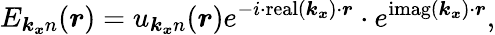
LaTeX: E_{\boldsymbol{k_{x}}n}(\boldsymbol{r})=u_{\boldsymbol{k_{x}}n}(\boldsymbol{r})e^{-i\cdot\operatorname{real}\left(\boldsymbol{k_{x}}\right)\cdot\boldsymbol{r}}\cdot e^{\operatorname{imag}\left(\boldsymbol{k_{x}}\right)\cdot\boldsymbol{r}},